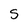
Character: S